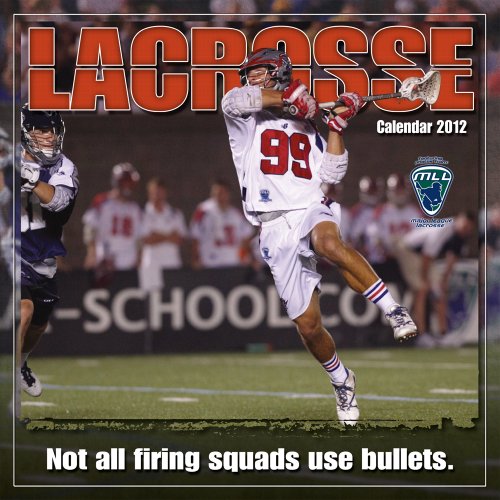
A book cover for Lacrosse 2012 Wall (calendar); Sports & Outdoors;